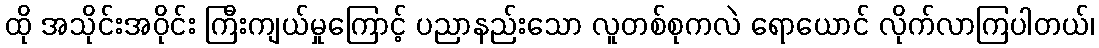
ထို အသိုင်းအဝိုင်း ကြီးကျယ်မှုကြောင့် ပညာနည်းသော လူတစ်စုကလဲ ရောယောင် လိုက်လာကြပါတယ်၊